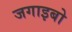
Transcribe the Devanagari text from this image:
जगाइबो